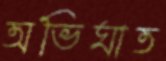
অভিঘাত